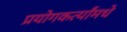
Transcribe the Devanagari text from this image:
प्रयोगकर्त्यांमधे